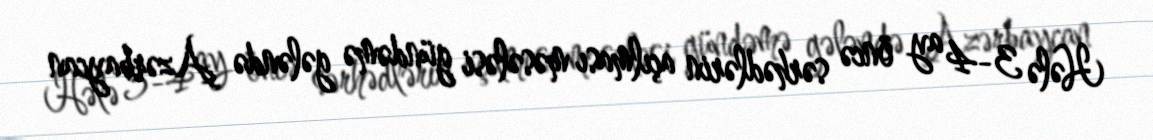
Hələ 3-4 ay öncə sərhədlərin açılması məsələsi gündəmə gələndə Azərbaycan